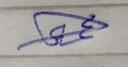
Signature authenticity: genuine